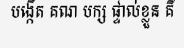
បង្កើត គណ បក្ស ផ្ទាល់ខ្លួន គឺ